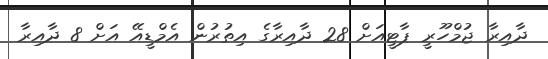
ދާއިރާ ޖުމްހޫރީ ޕާޓީއަށް 28 ދާއިރާގެ އިތުރުން އެމްޑީއޭ އަށް 8 ދާއިރާ